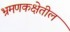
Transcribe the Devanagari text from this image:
भ्रमणकक्षेतील